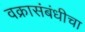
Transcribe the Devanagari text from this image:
वक्रासंबंधीचा